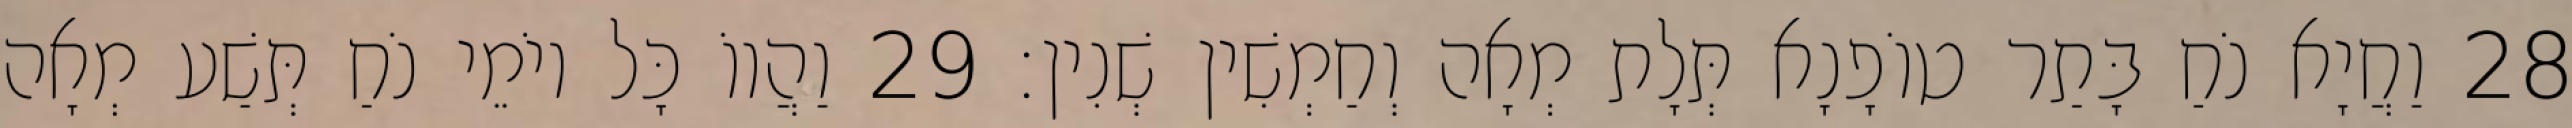
28 וַחֲיָא נֹחַ בָּתַר טוֹפָנָא תְּלָת מְאָה וְחַמְשִׁין שְׁנִין׃ 29 וַהֲווֹ כָּל יוֹמֵי נֹחַ תְּשַׁע מְאָה